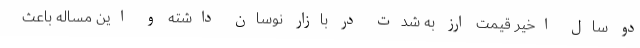
دو سال اخیر قیمت ارز به شدت در بازار نوسان داشته و این مساله باعث